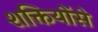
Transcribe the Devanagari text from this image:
शक्तियोंसे